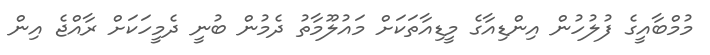
މުމްބާއީގެ ފުލުހުން އިންޑިއާގެ މީޑިއާތަކަށް މައުލޫމާތު ދެމުން ބުނީ ދެމީހަކަށް ރާއްޖެ އިން